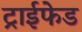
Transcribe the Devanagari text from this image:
ट्राईफेड